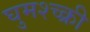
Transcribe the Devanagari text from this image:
घुमश्च्क्री